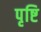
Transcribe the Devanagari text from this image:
पृष्टि